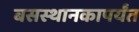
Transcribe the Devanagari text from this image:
बसस्थानकापर्यंत